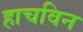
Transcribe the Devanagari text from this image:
हाचविन